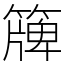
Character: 簰